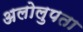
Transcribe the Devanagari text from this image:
अलोलुपता